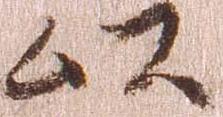
以